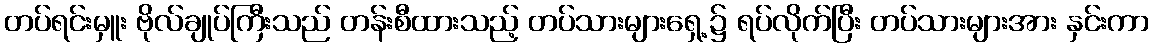
တပ်ရင်းမှူး ဗိုလ်ချုပ်ကြီးသည် တန်းစီထားသည့် တပ်သားများရှေ့၌ ရပ်လိုက်ပြီး တပ်သားများအား နှင်းကာ